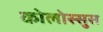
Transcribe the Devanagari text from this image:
कोलोस्सुस